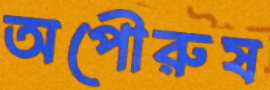
অপৌরুষ